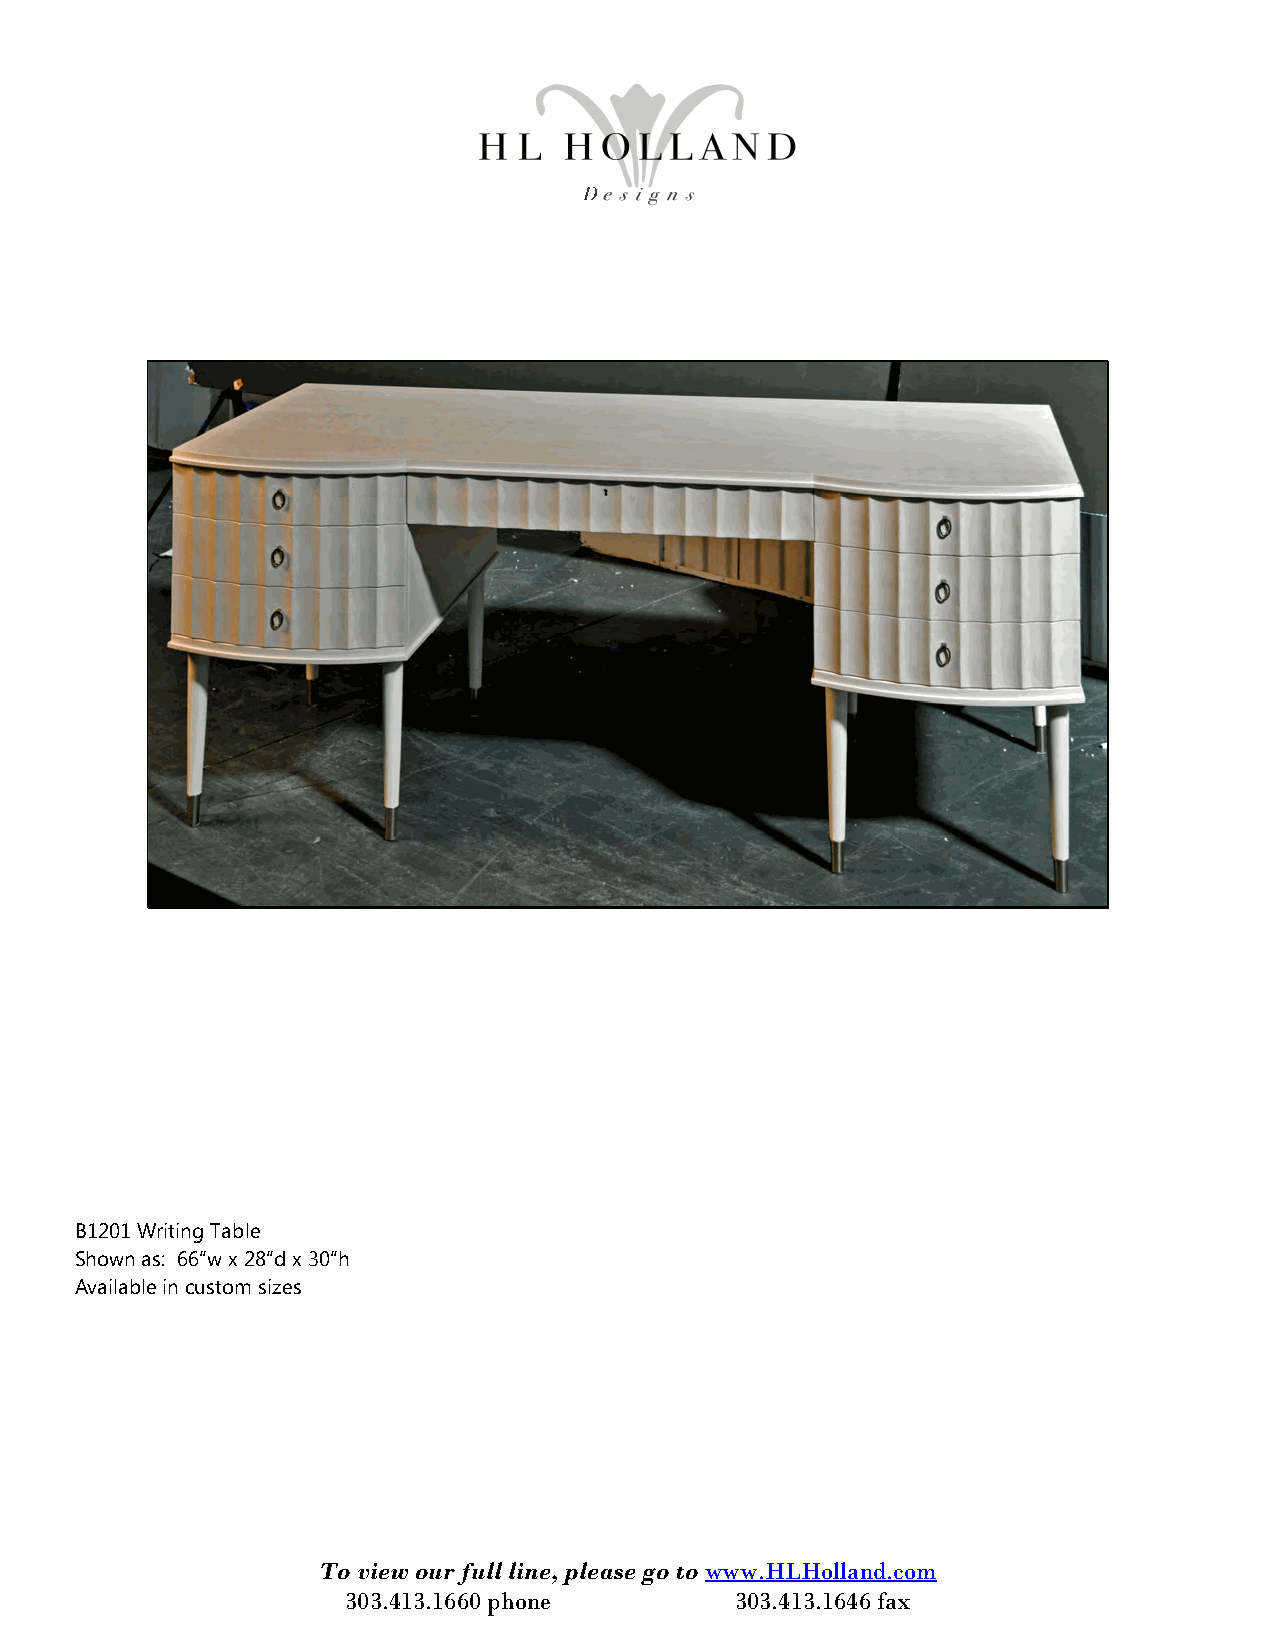
B1201 Writing Table
 Shown as: 66“w x 28“d x 30“h
 Available in custom sizes
 To view our full line, please go to www.HLHolland.com
 303.413.1660 phone        303.413.1646 fax